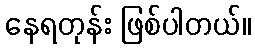
နေရတုန်း ဖြစ်ပါတယ်။